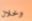
وخلال